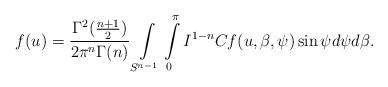
LaTeX: \begin{align*}f(u)=\frac{\Gamma^2(\frac{n+1}{2})}{2\pi^n\Gamma(n)}\int\limits_{S^{n-1}} \int\limits_0^\pi I^{1-n} Cf(u,\beta,\psi)\sin\psi d\psi d\beta.\end{align*}